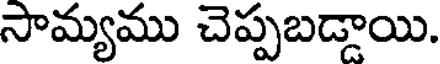
సామ్యము చెప్పబడ్డాయి.